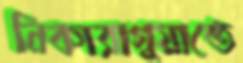
নিকারাগুয়াতে